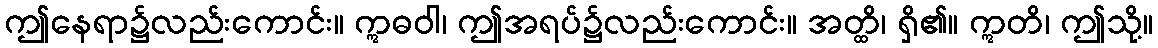
ဤနေရာ၌လည်းကောင်း။ ဣဓဝါ၊ ဤအရပ်၌လည်းကောင်း။ အတ္ထိ၊ ရှိ၏။ ဣတိ၊ ဤသို့။